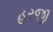
હરજી